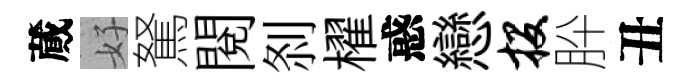
蕆好駑閲𠛴櫂惑戀投肸丑